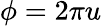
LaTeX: \phi=2\pi u